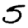
Digit: 5